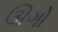
ઊગો